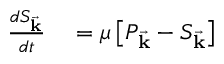
\begin{array} { r l } { \frac { d S _ { \vec { \mathbf { k } } } } { d t } } & { { } = \mu \left[ P _ { \vec { \mathbf { k } } } - S _ { \vec { \mathbf { k } } } \right] } \end{array}